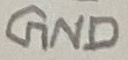
Text: GND